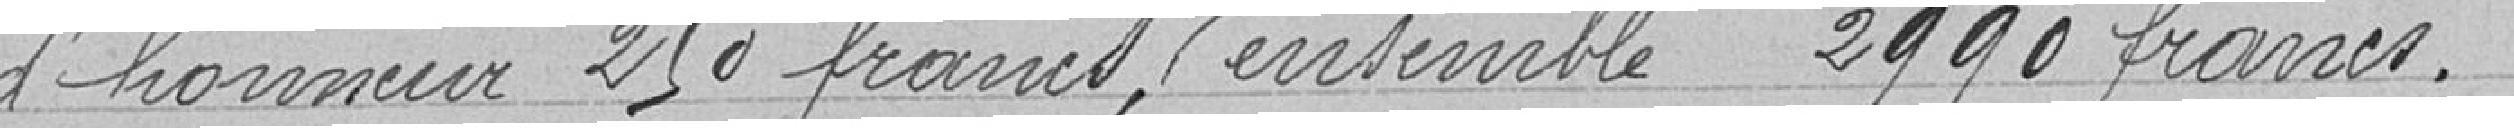
d'honneur 250 francs, rentes sur l'Etat 150 francs ensemble 2990 francs.